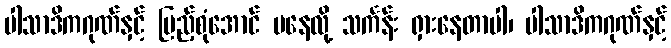
ပါသာဒိကဂုဏ်နှင့် ပြည့်စုံအောင် မနေလို့ သင်္ကန်း ရှားနေတာပါ၊ ပါသာဒိကဂုဏ်နှင့်